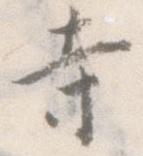
寺